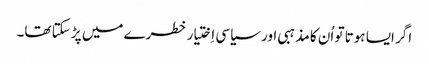
‏ اگر ایسا ہوتا تو اُن کا مذہبی اور سیاسی اِختیار خطرے میں پڑ سکتا تھا۔